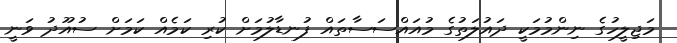
މަޖިލީހުގެ ނިންމުމަކީ ދައުލަތުގެ މުއައްސަސާތައް ފުނޑާލުމަށް ކުރި ކަމެއް ކަމަށް ސުއޫދު ވަނީ